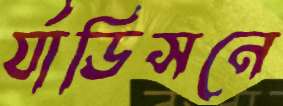
র‍্যাডিসনে